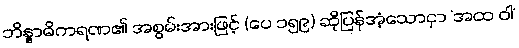
ဘိန္နာဓိကရဏ၏ အစွမ်းအားဖြင့် (ပေ ၁၅၉) ဆိုပြန်အံ့သောငှာ ‘အထ ဝါ’